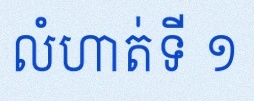
លំហាត់ទី ១